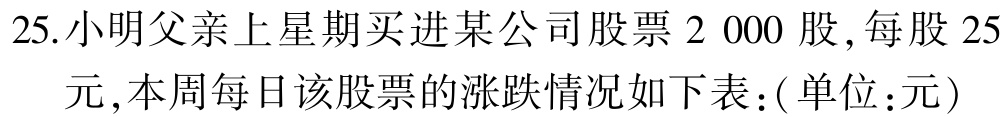
25.小明父亲上星期买进某公司股票2 000股,每股25
元,本周每日该股票的涨跌情况如下表:(单位:元)